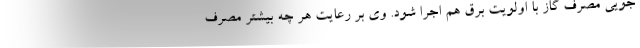
جویی مصرف گاز با اولویت برق هم اجرا شود. وی بر رعایت هر چه بیشتر مصرف